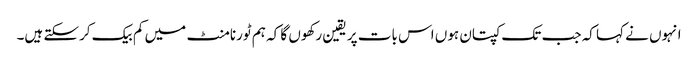
انہوں نے کہا کہ جب تک کپتان ہوں اس بات پر یقین رکھوں گا کہ ہم ٹورنامنٹ میں کم بیک کرسکتے ہیں۔